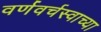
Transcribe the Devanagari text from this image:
वर्णवर्चस्वाच्या